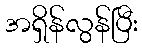
အရှိန်လွန်ပြီး